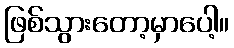
ဖြစ်သွားတော့မှာပေါ့။